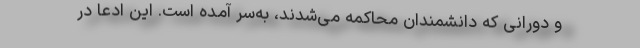
و دورانی که دانشمندان محاکمه می‌شدند، به‌سر آمده است. این ادعا در